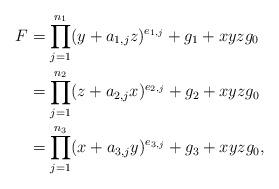
LaTeX: \begin{align*}F&=\prod_{j=1}^{n_1}(y+a_{1,j}z)^{e_{1,j}}+g_1+xyzg_0 \\&=\prod_{j=1}^{n_2}(z+a_{2,j}x)^{e_{2,j}}+g_2+xyzg_0 \\&=\prod_{j=1}^{n_3}(x+a_{3,j}y)^{e_{3,j}}+g_3+xyzg_0, \end{align*}